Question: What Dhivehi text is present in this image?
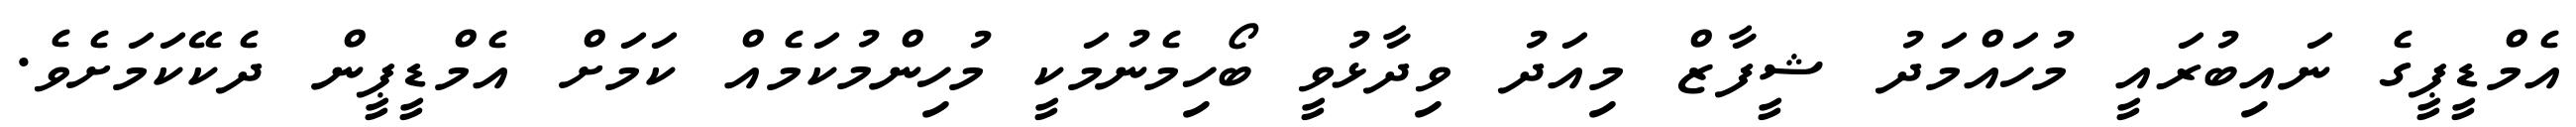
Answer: އެމްޑީޕީގެ ނައިބުރައީ މުހައްމަދު ޝީފާޒް މިއަދު ވިދާޅުވީ ބޯހިމެނުމަކީ މުހިންމުކަމެއް ކަމަށް އެމްޑީޕީން ދެކޭކަމަށެވެ.